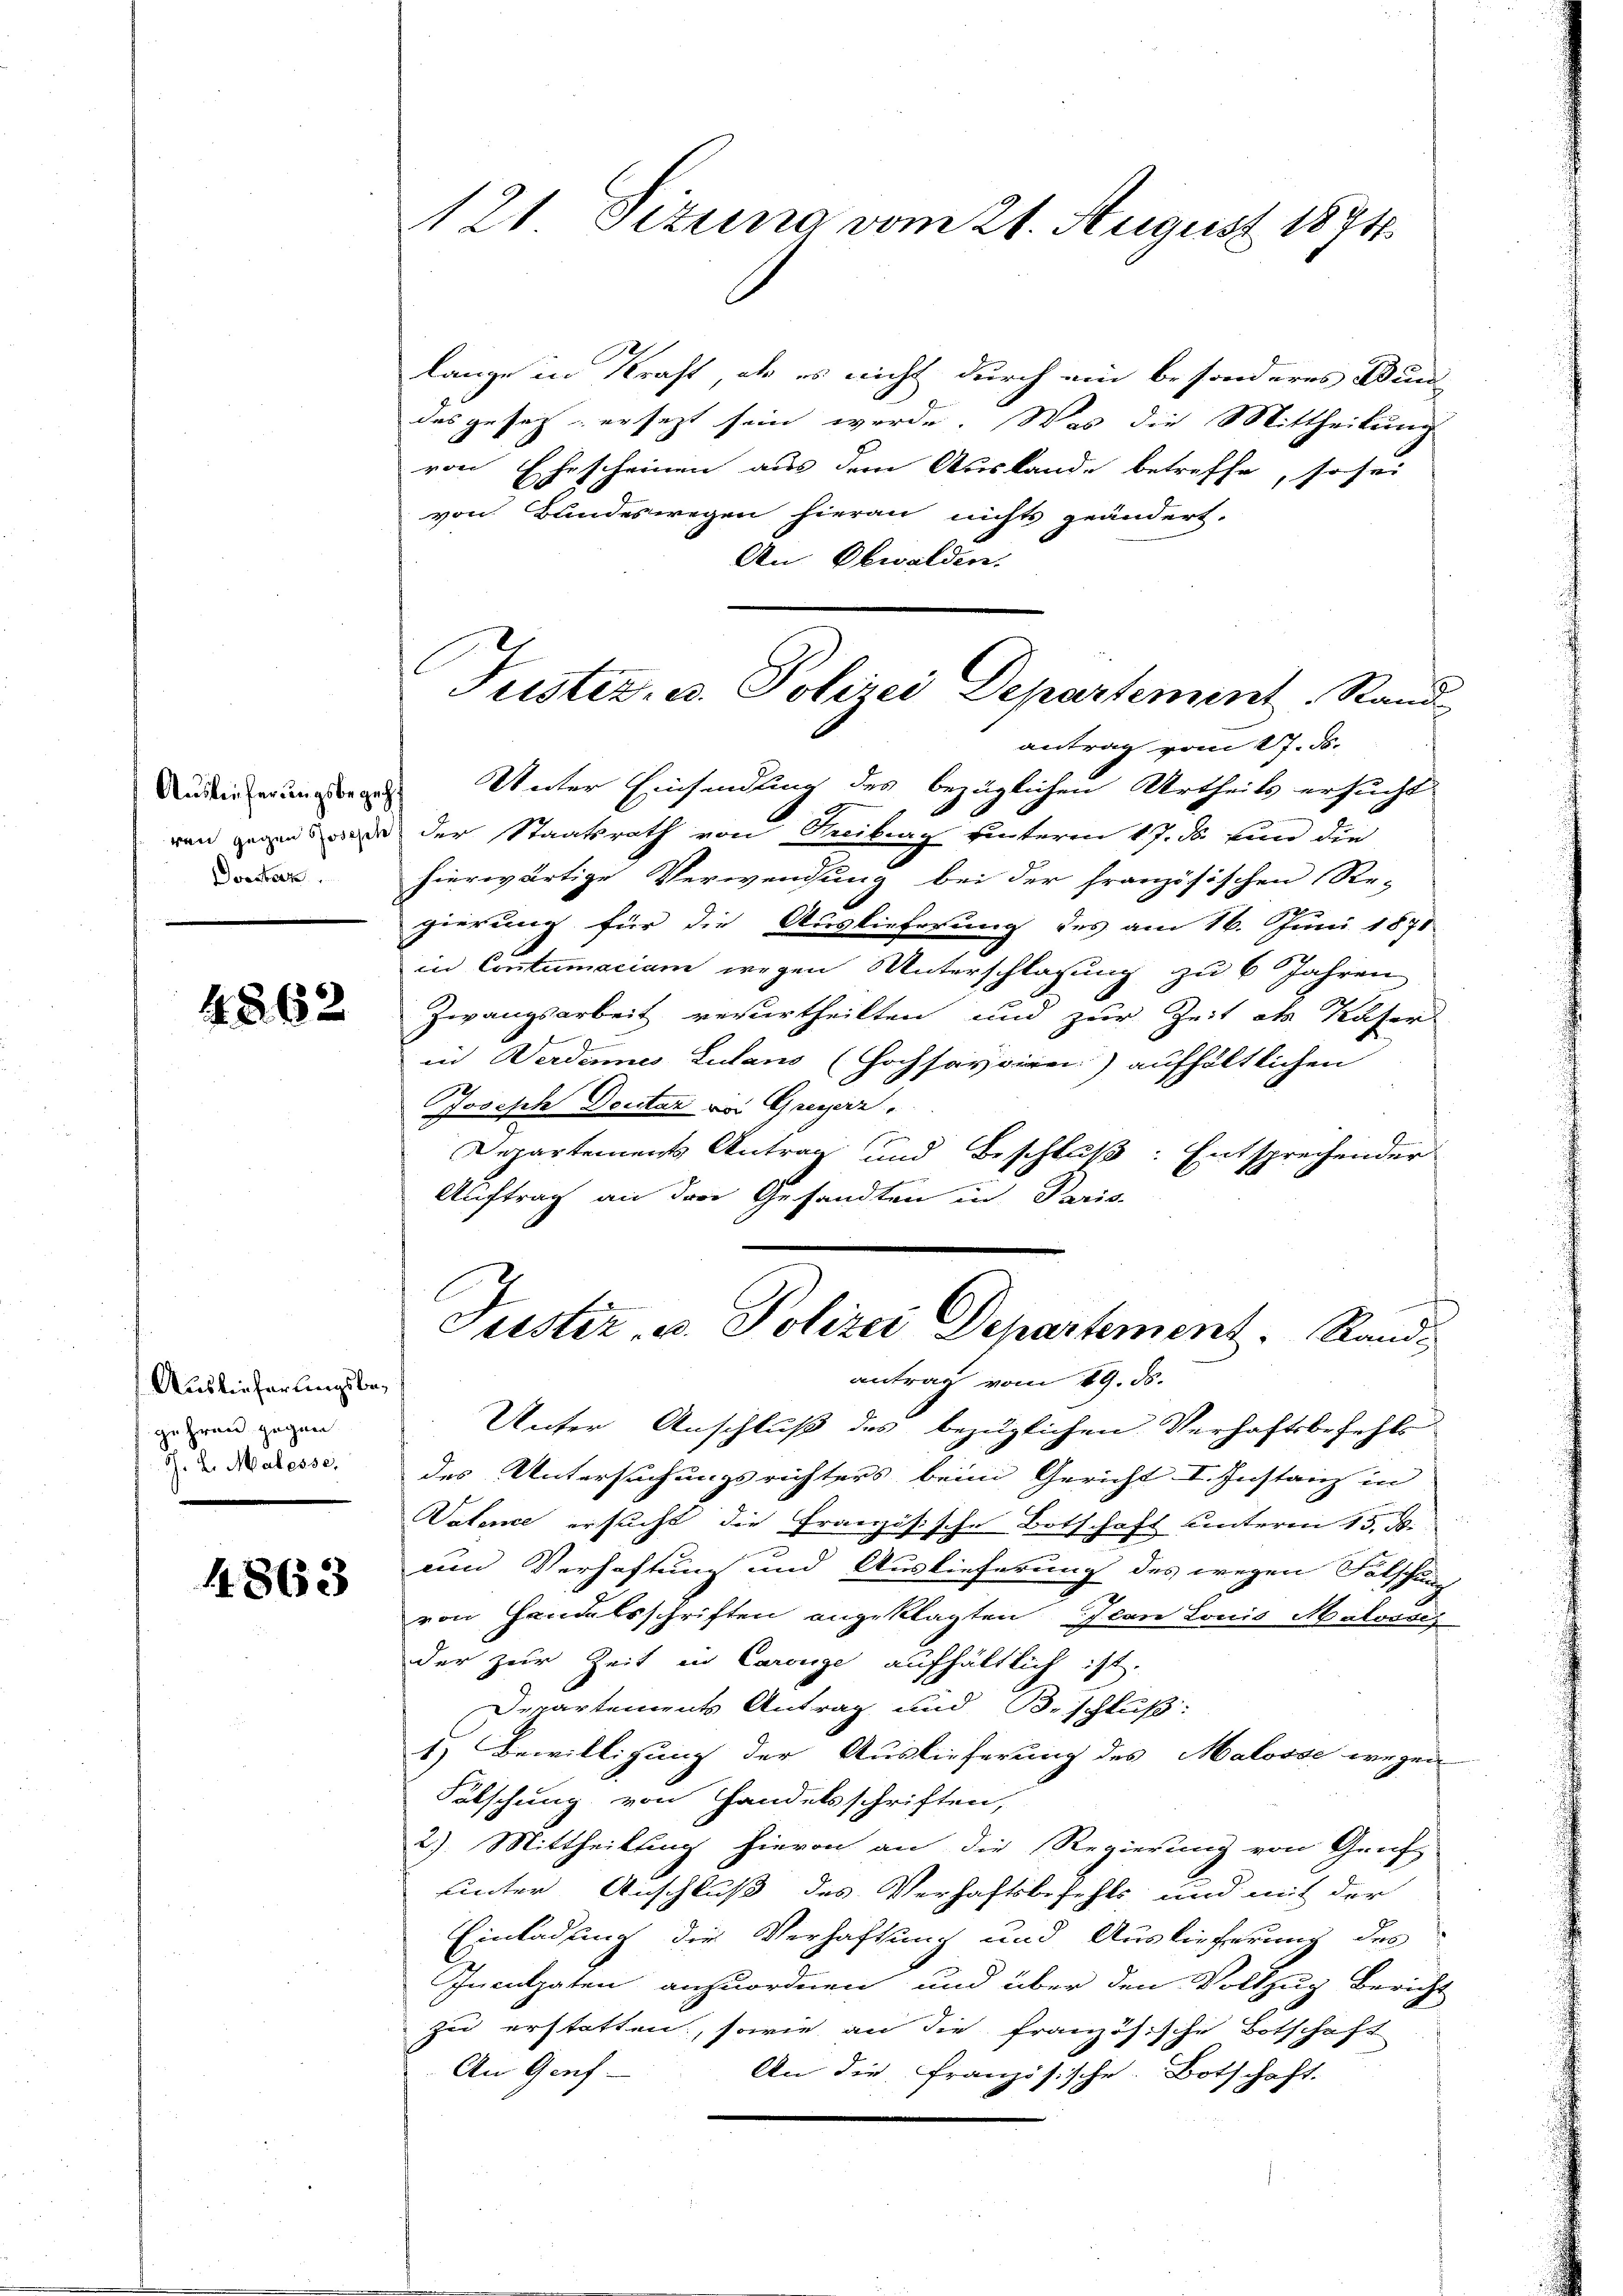
Doester.

4862

Auslieferungsbegehren gegen
Th. L. Malesse.

1863

lange in Kraft, als es nicht durch ein besonderes Wund-
das gesetz ersezt sein werde. Was die Mittheilung
von Ehescheinen aus dem Auslande betreffe, sofer
von Bundeswegen hieran nichts geändert.
An Obwalden.
Justiz- u. Polizei Departement Stand

121 Tizuna vom 21. August 1874

antrag vom 27. ds.

Siderrungen Unter Einsendung des bezüglichen Urtheils ersucht
ven gegende der Staatsrath von Reiburg unterm 17. d. von die
hierwärtige Verwendung bei der französischen Re-
gierung für die Auslieferung des am 16. Juni 1871
in Contumacium wegen Unterschlagung zu 6 Jahren
Zwangsarbeit verurtheilten und zur Zeit als Kaser
in Verdannes Lutan (Hochsavoiren) aufhältlichen
Joseph Deutar von Greyerz.
Departements Antrag und Beschluß: Entsprechender
Auftrag an drei Gesandten in Paris.

Justiz, u. Polizei Departement. Stand-
antrag vom 19. ds.

Unter Anschluß des bezüglichen Verhaftsbefehls
des Untersuchungsrichters beim Gericht I. Instanz in
Vatence ersucht die Französische Botschaft unterm 15. d.
um Verhaftung und Auslieferung des wegen Folschung
von Handelsschriften angeklagten Ilan Louis Malosses
der zur Zeit in Carolge aufhältlich ist.
Departements Antrag und Beschluß:
1) Bewilligung der Auslieferung des Malosse wegen
Fälschung von Handelsschriften,
2). Mittheilung hievon an die Regierung von Gruft
uunter Anschluß des Verhaftsbefehls und mit der
Einladung der Verhaftung und Auslieferung des
Inculpaten anzuordnen und über den Vollzug Bericht
zu erstatten, sowie an die französische Botschaft
An Genf
An die Französische Botschaft.